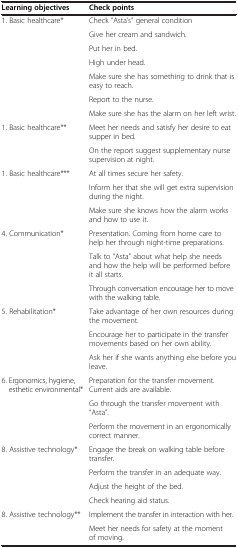
<table><thead><tr><td><b>Learning objectives</b></td><td><b>Check points</b></td></tr></thead><tbody><tr><td rowspan="7">1. Basic healthcare*</td><td>Check “Asta’s” general condition</td></tr><tr><td>Give her cream and sandwich.</td></tr><tr><td>Put her in bed.</td></tr><tr><td>High under head.</td></tr><tr><td>Make sure she has something to drink that is easy to reach.</td></tr><tr><td>Report to the nurse.</td></tr><tr><td>Make sure she has the alarm on her left wrist.</td></tr><tr><td rowspan="2">1. Basic healthcare**</td><td>Meet her needs and satisfy her desire to eat supper in bed.</td></tr><tr><td>On the report suggest supplementary nurse supervision at night.</td></tr><tr><td rowspan="3">1. Basic healthcare***</td><td>At all times secure her safety.</td></tr><tr><td>Inform her that she will get extra supervision during the night.</td></tr><tr><td>Make sure she knows how the alarm works and how to use it.</td></tr><tr><td rowspan="3">4. Communication*</td><td>Presentation. Coming from home care to help her through night-time preparations.</td></tr><tr><td>Talk to “Asta” about what help she needs and how the help will be performed before it all starts.</td></tr><tr><td>Through conversation encourage her to move with the walking table.</td></tr><tr><td rowspan="3">5. Rehabilitation*</td><td>Take advantage of her own resources during the movement.</td></tr><tr><td>Encourage her to participate in the transfer movements based on her own ability.</td></tr><tr><td>Ask her if she wants anything else before you leave.</td></tr><tr><td rowspan="3">6. Ergonomics, hygiene, esthetic environmental*</td><td>Preparation for the transfer movement. Current aids are available.</td></tr><tr><td>Go through the transfer movement with “Asta”.</td></tr><tr><td>Perform the movement in an ergonomically correct manner.</td></tr><tr><td rowspan="4">8. Assistive technology*</td><td>Engage the break on walking table before transfer.</td></tr><tr><td>Perform the transfer in an adequate way.</td></tr><tr><td>Adjust the height of the bed.</td></tr><tr><td>Check hearing aid status.</td></tr><tr><td rowspan="2">8. Assistive technology**</td><td>Implement the transfer in interaction with her.</td></tr><tr><td>Meet her needs for safety at the moment of moving.</td></tr></tbody></table>